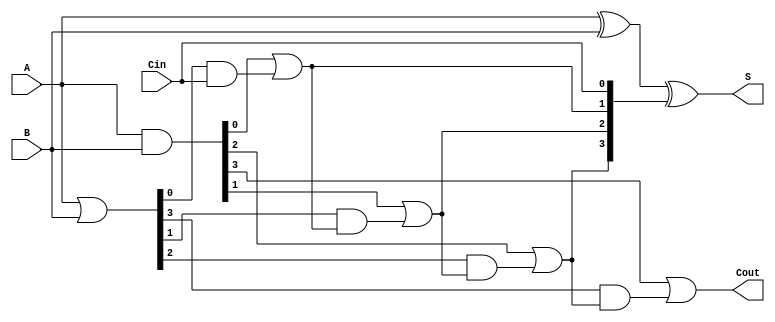
module VariableLatencyCLA #(
    parameter N = 4  // Parameter for number of bits (can be adjusted)
)(
    input [N-1:0] A,     // First n-bit binary number
    input [N-1:0] B,     // Second n-bit binary number
    input Cin,           // Carry-in bit
    output [N-1:0] S,    // Sum output
    output Cout          // Carry-out bit
);

    // Generate and Propagate signals
    wire [N-1:0] G; // Generate
    wire [N-1:0] P; // Propagate
    wire [N:0] C;    // Carry bits

    // Generate and Propagate calculations
    assign G = A & B;            // Gi = Ai AND Bi
    assign P = A | B;            // Pi = Ai OR Bi

    // Carry computation
    assign C[0] = Cin;           // C0 = Cin
    genvar i;
    generate
        for (i = 0; i < N; i = i + 1) begin : carry_calc
            if (i == 0) begin
                assign C[i + 1] = G[i] | (P[i] & C[i]);  // C1 = G0 + (P0 AND C0)
            end else begin
                assign C[i + 1] = G[i] | (P[i] & C[i]);  // Ci+1 = Gi + (Pi AND Ci)
            end
        end
    endgenerate

    // Sum calculation
    assign S = A ^ B ^ C[N-1:0]; // Si = Ai XOR Bi XOR Ci

    // Carry out
    assign Cout = C[N];          // Cout = Cn

endmodule